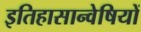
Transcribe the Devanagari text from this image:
इतिहासान्वेषियों